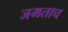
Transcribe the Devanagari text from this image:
जमताच